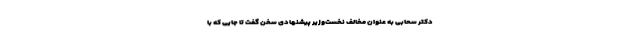
دکتر سحابی به عنوان مخالف نخست‌وزیر پیشنهادی سخن گفت تا جایی که با